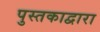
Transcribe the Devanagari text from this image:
पुस्तकाद्वारा